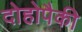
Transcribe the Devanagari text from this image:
दोहोपैकी